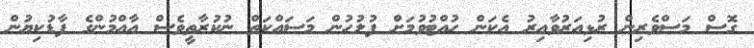
ގޮސް މަސްވެރިން ރުޅިއަރުވާއިރު އެކަން ހުއްޓުވުމަށް ފުލުހުން މަސައްކަތް ނުކުރާތީވެސް އާއްމުންގެ ފާޑުކިޔުން